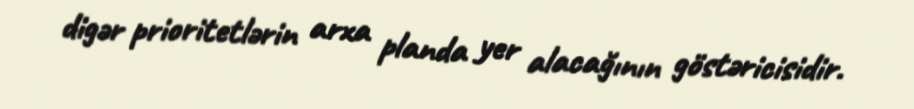
digər prioritetlərin arxa planda yer alacağının göstəricisidir.